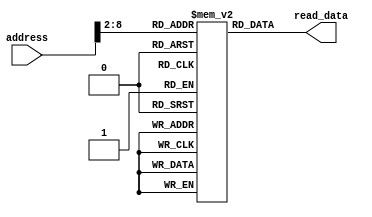
`define imem_len 7 //imem input length must be 30 (32-2) but have been reduced for reducing simulation time

module imem(input [31:0] address,
	output [31:0] read_data);

	reg [31:0] mem_data [0 : (1 << `imem_len)-1];
	
	assign read_data = mem_data[ address[ ( `imem_len + 1 ) : 2 ] ];
endmodule